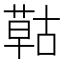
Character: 𦹵